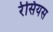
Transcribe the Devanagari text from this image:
रेसियस